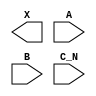
module sky130_fd_sc_ms__or3b (
    X  ,
    A  ,
    B  ,
    C_N
);

    output X  ;
    input  A  ;
    input  B  ;
    input  C_N;

    // Voltage supply signals
    supply1 VPWR;
    supply0 VGND;
    supply1 VPB ;
    supply0 VNB ;

endmodule